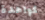
كواحدة